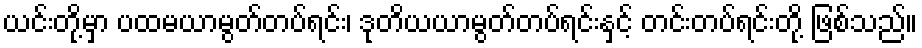
ယင်းတို့မှာ ပထမယာမွတ်တပ်ရင်း၊ ဒုတိယယာမွတ်တပ်ရင်းနှင့် တင်းတပ်ရင်းတို့ ဖြစ်သည်။